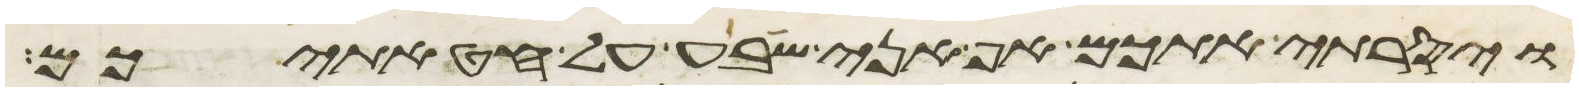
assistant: ויסרתי אתכם אף אני שבע על חטאתיכם